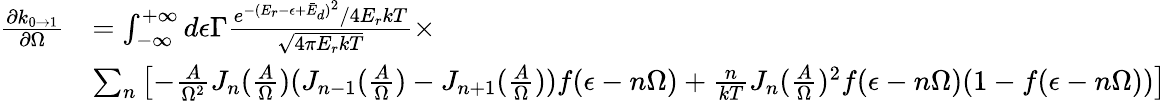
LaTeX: \begin{array}{rl}{\frac{\partial k_{0\rightarrow 1}}{\partial\Omega}}&{=\int_{-\infty}^{+\infty}d\epsilon\Gamma\frac{e^{-(E_{r}-\epsilon+\bar{E}_{d})^{2}}/4E_{r}kT}{\sqrt{4\pi E_{r}kT}}\times}\\ &{\sum_{n}\left[-\frac{A}{\Omega^{2}}J_{n}(\frac{A}{\Omega})(J_{n-1}(\frac{A}{\Omega})-J_{n+1}(\frac{A}{\Omega}))f(\epsilon-n\Omega)+\frac{n}{kT}J_{n}(\frac{A}{\Omega})^{2}f(\epsilon-n\Omega)(1-f(\epsilon-n\Omega))\right]}\end{array}